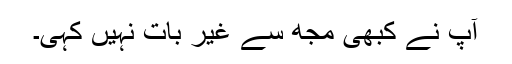
آپ نے کبھی مجھ سے غیر بات نہیں کہی۔